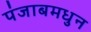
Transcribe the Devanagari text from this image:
पंजाबमधुन